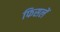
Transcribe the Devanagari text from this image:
फिसलें